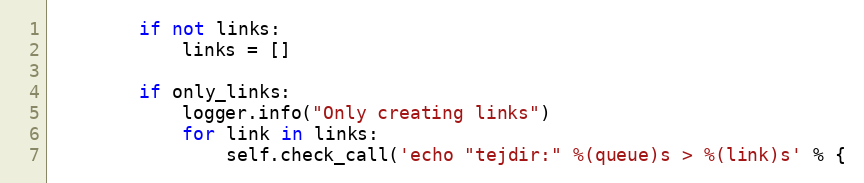
Language: Python
        if not links:
            links = []

        if only_links:
            logger.info("Only creating links")
            for link in links:
                self.check_call('echo "tejdir:" %(queue)s > %(link)s' % {